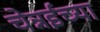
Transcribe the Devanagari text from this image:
चेन्नईच्‍या